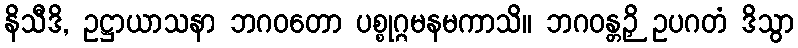
နိသီဒိ, ဥဋ္ဌာယာသနာ ဘဂဝတော ပစ္စုဂ္ဂမနမကာသိ။ ဘဂဝန္တဉှိ ဥပဂတံ ဒိသွာ